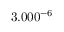
3 . 0 0 \time 1 0 ^ { - 6 }